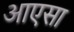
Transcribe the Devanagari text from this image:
आएसा